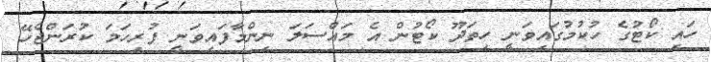
ހައި ކޯޓުގެ ހުކުމުގައިވަނީ ހިތަދޫ ކޯޓުން އެ މައްސަލަ ނިންމާފައިވަނީ ފުރިހަމަ ކުރަންޖެހޭ